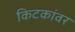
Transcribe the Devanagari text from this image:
किटकांवर